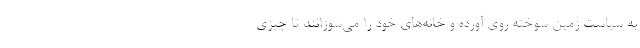
به سیاست زمین سوخته روی آورده‌ و خانه‌های خود را می‌سوزانند تا چیزی